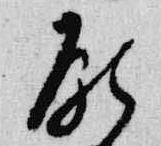
願